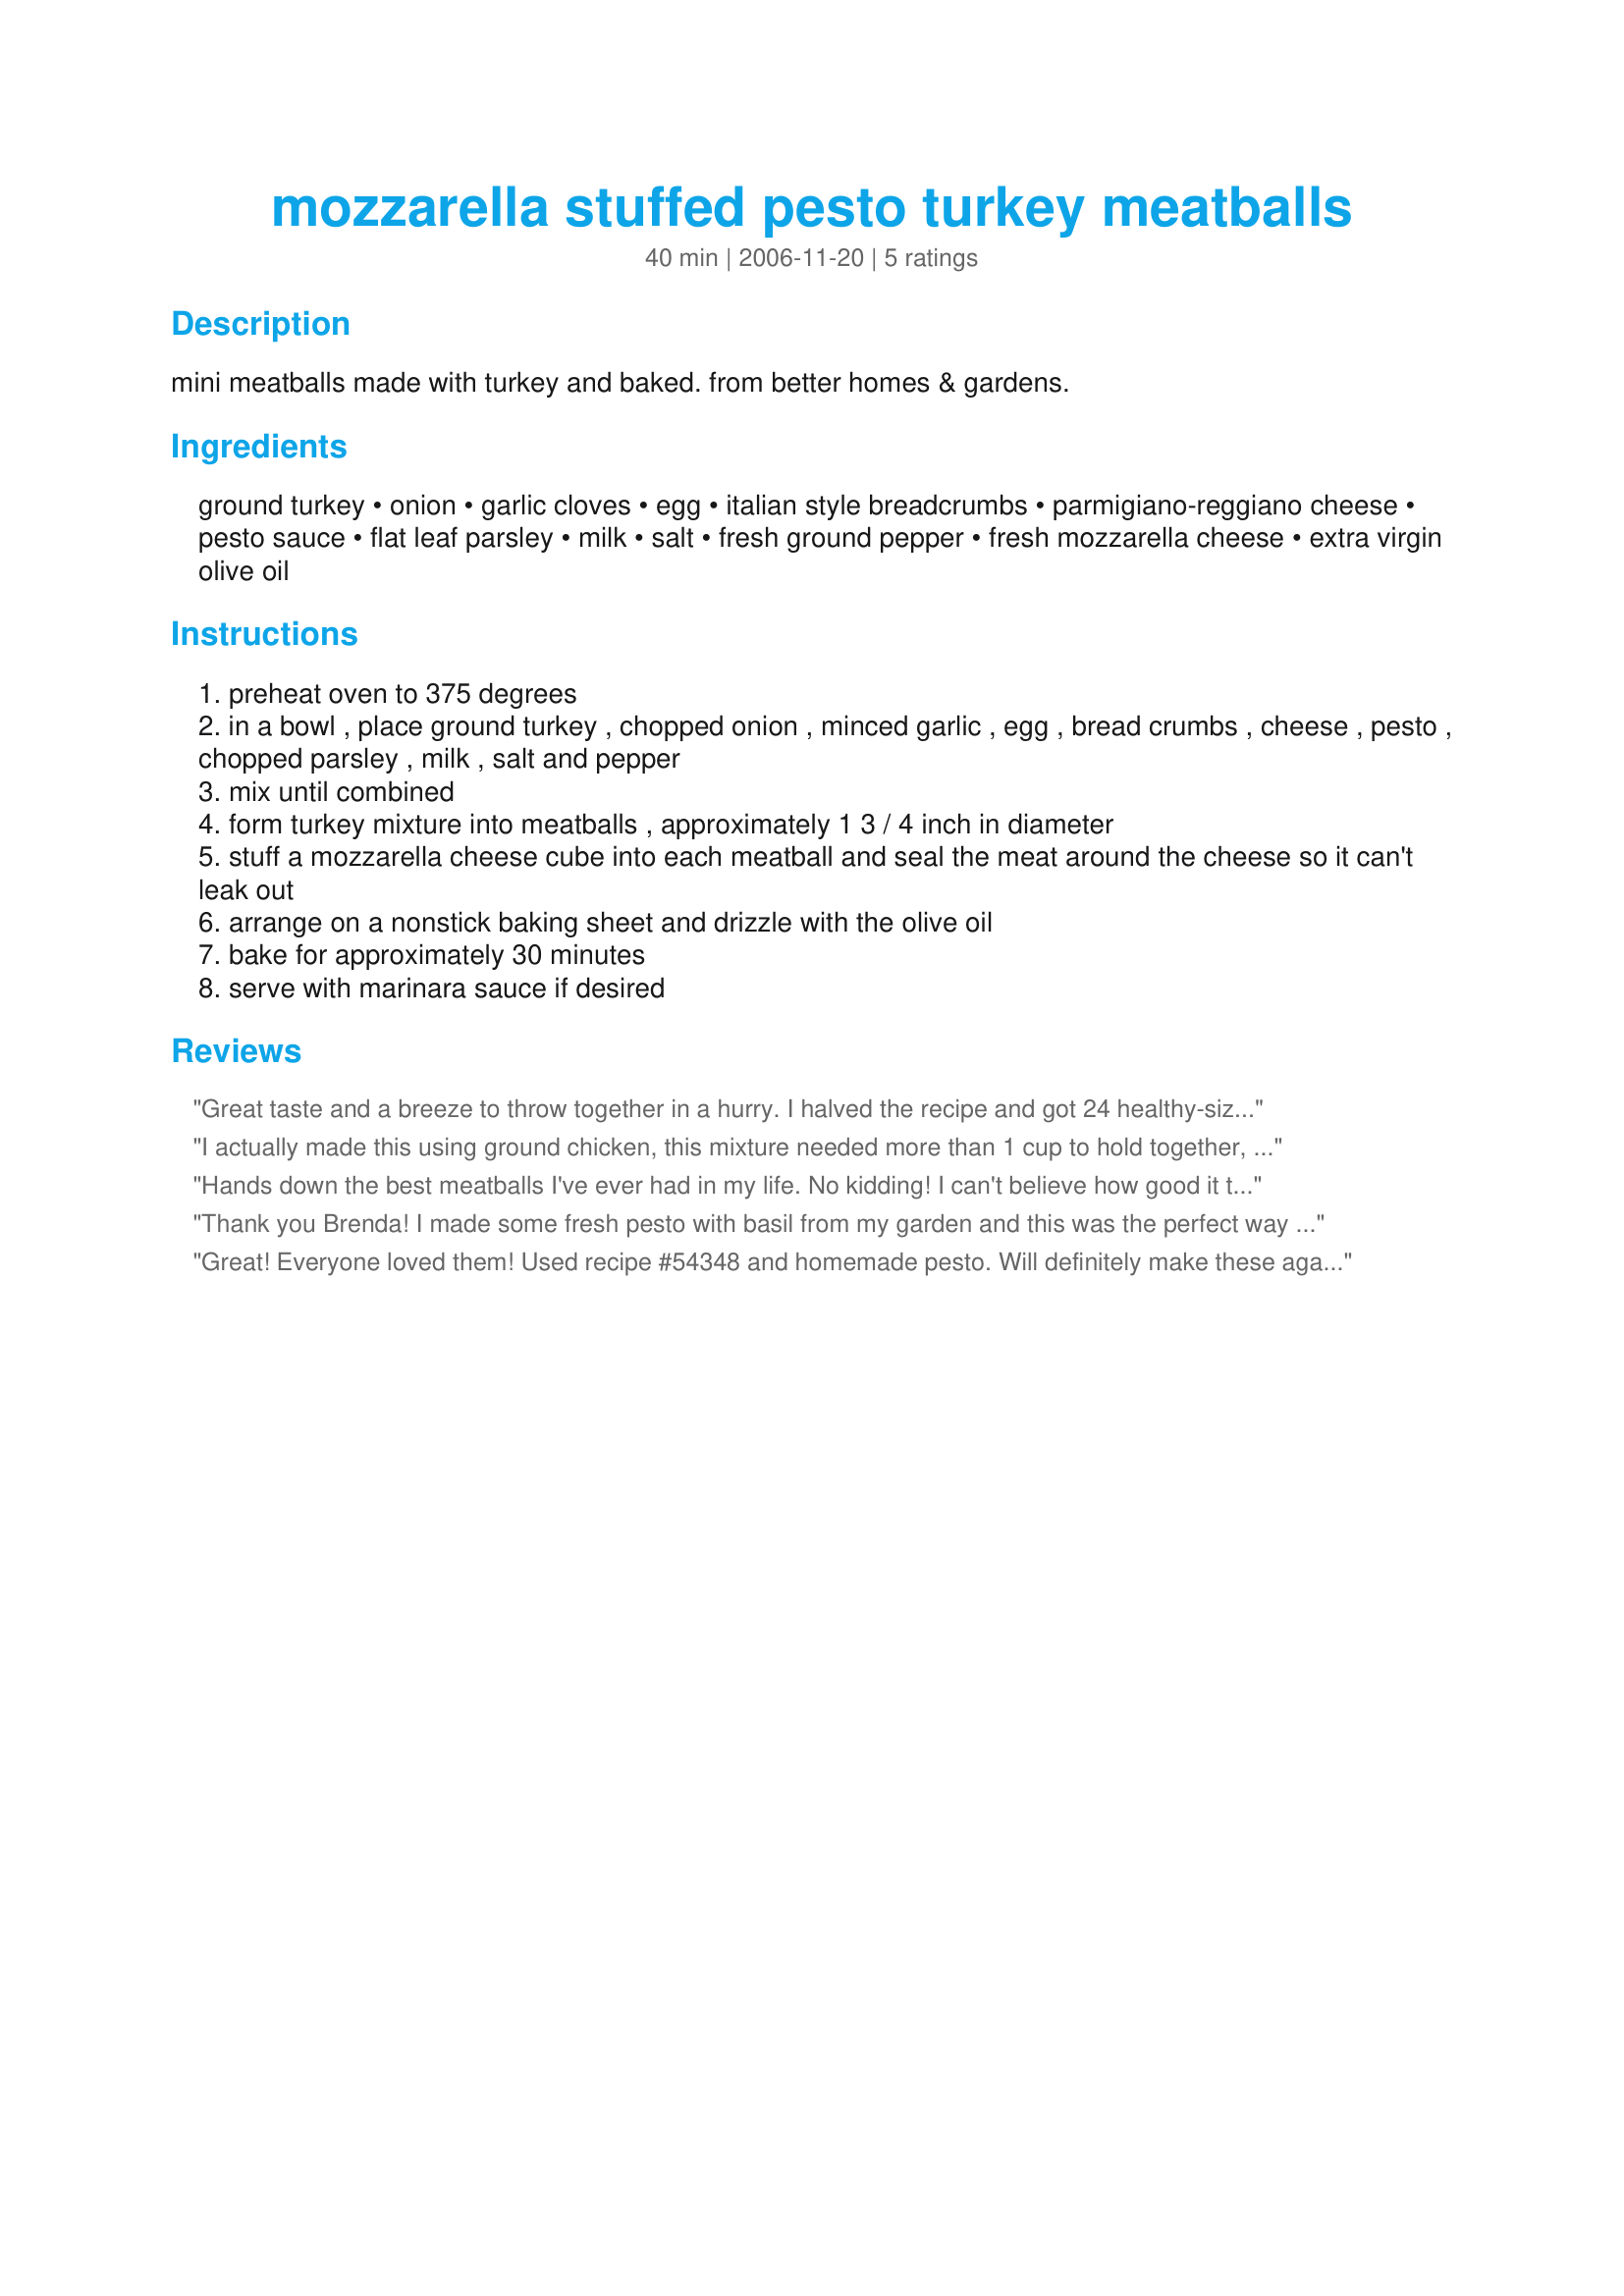
mozzarella stuffed pesto turkey meatballs
Preparation time: 40 minutes

mini meatballs made with turkey and baked. from better homes & gardens.

Ingredients:
ground turkey, onion, garlic cloves, egg, italian style breadcrumbs, parmigiano-reggiano cheese, pesto sauce, flat leaf parsley, milk, salt, fresh ground pepper, fresh mozzarella cheese, extra virgin olive oil

Steps:
preheat oven to 375 degrees
in a bowl , place ground turkey , chopped onion , minced garlic , egg , bread crumbs , cheese , pesto , chopped parsley , milk , salt and pepper
mix until combined
form turkey mixture into meatballs , approximately 1 3 / 4 inch in diameter
stuff a mozzarella cheese cube into each meatball and seal the meat around the cheese so it can't leak out
arrange on a nonstick baking sheet and drizzle with the olive oil
bake for approximately 30 minutes
serve with marinara sauce if desired

Reviews:
Great taste and a breeze to throw together in a hurry. I halved the recipe and got 24 healthy-sized meatballs. They held together well during the rolling and stuffing. Mine were dead ready after 15 minutes of convection baking time. Even though I liberally sprayed my baking pan, sticking was a real issue. I was surprised considering the oil in the pesto and my generous EVOO drizzle but so is the nature of cooking ground turkey. We ate a some for dinner alongside recipe #188400 and I froze the rest as part of my planned leftovers campaign. (Cooking for 2 is a PITA!) These meatballs will be a welcome addition to future meals. Thanks for sharing your recipe!
I actually made this using ground chicken, this mixture needed more than 1 cup to hold together, I did increase the garlic and used seasoned salt and added in black pepper, with change from turkey to chicken this recipe it turned out great, I am going to try it with turkey next time, thanks for sharing!...Kitten :)
Hands down the best meatballs I've ever had in my life. No kidding! I can't believe how good it tastes. I served it for some coworkers last night and they told it was the first thing they thought about when they woke up this morning. Lol. I used Recipe #116412 for this recipe. I made extra and just put it on the pasta. So simple and so great tasting. Thank you very much for sharing this one of a kind mouthful of deliciousness.
Thank you Brenda! I made some fresh pesto with basil from my garden and this was the perfect way to use some of it. Everyone in my family from the 2 year old to my picky husband and my parents loved this dish! I'm making it tomorrow night with my gourmet cooking club as an appetizer.
Great! Everyone loved them! Used recipe #54348 and homemade pesto. Will definitely make these again, even my husband who hates turkey thought they were great. Thanks for sharing the recipe!
